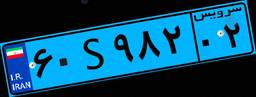
۶۰S۹۸۲۰۲